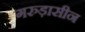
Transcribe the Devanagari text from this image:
गरुड़ासीन